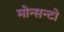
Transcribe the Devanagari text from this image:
मोन्सन्टो